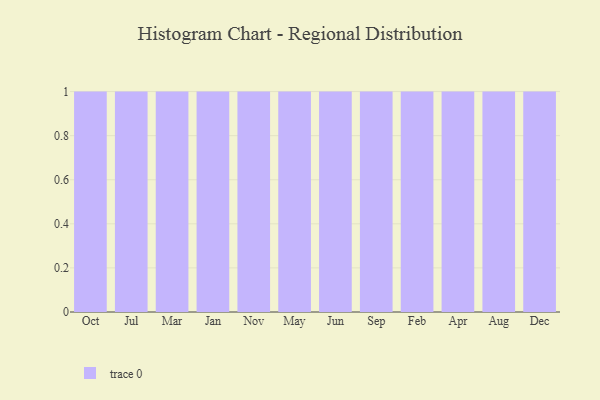
{"axis": {"x": "Month", "y": "Backlog"}, "legend": [""], "data": [{"x": "Oct", "y": 82, "type": ""}, {"x": "Jul", "y": 100, "type": ""}, {"x": "Mar", "y": 73, "type": ""}, {"x": "Jan", "y": 51, "type": ""}, {"x": "Nov", "y": 58, "type": ""}, {"x": "May", "y": 41, "type": ""}, {"x": "Jun", "y": 92, "type": ""}, {"x": "Sep", "y": 71, "type": ""}, {"x": "Feb", "y": 23, "type": ""}, {"x": "Apr", "y": 4, "type": ""}, {"x": "Aug", "y": 83, "type": ""}, {"x": "Dec", "y": 70, "type": ""}]}